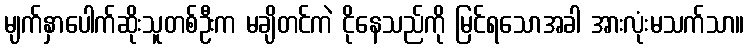
မျက်နှာပေါက်ဆိုးသူတစ်ဦးက မချိတင်ကဲ ငိုနေသည်ကို မြင်ရသောအခါ အားလုံးမသက်သာ။